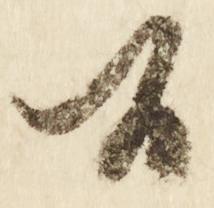
候